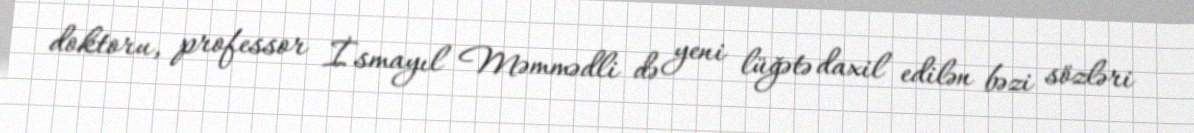
doktoru, professor İsmayıl Məmmədli də yeni lüğətə daxil edilən bəzi sözləri